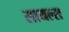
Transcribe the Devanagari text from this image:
सायल्स